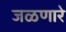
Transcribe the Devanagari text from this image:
जळणारे